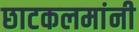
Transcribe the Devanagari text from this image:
छाटकलमांनी